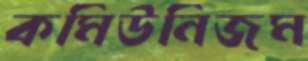
কমিউনিজম